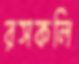
রসকলি